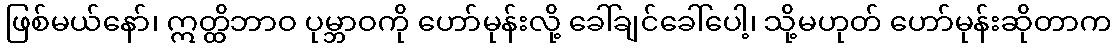
ဖြစ်မယ်နော်၊ ဣတ္ထိဘာဝ ပုမ္ဘာဝကို ဟော်မုန်းလို့ ခေါ်ချင်ခေါ်ပေါ့၊ သို့မဟုတ် ဟော်မုန်းဆိုတာက